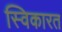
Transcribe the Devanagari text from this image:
स्विकारत